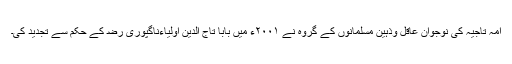
امہ تاجیہ کی نوجوان عاقل وذہین مسلمانوں کے گروہ نے ٢٠٠١ء میں بابا تاج الدین اولیاءناگپوری ﺭﺿ کے حکم سے تجدید کی۔